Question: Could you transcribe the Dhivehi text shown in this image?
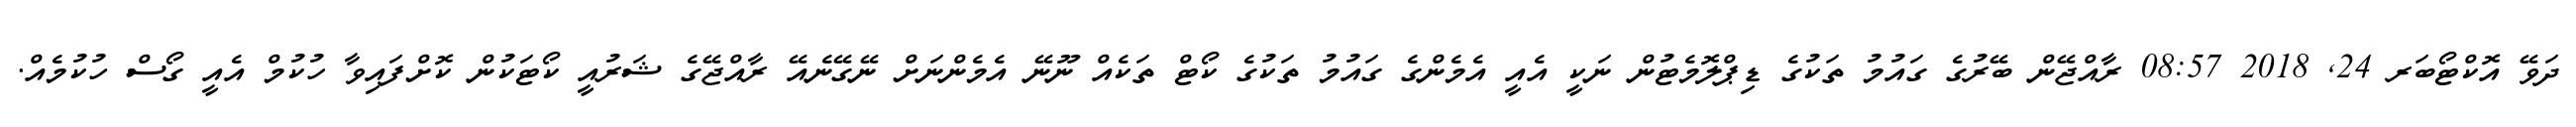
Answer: ދަވޭ އޮކްޓޯބަރ 24, 2018 08:57 ރާއްޖޭން ބޭރުގެ ގައުމު ތަކުގެ ޑިޕްލޮމެޓުން ނަކީ އެއީ އެމެންގެ ގައުމު ތަކުގެ ކޯޓް ތަކެއް ނޫނޭ އެމެންނަށް ނޭގޭނެއޭ ރާއްޖޭގެ ޝަރުއީ ކޯޓަކުން ކޮށްފައިވާ ހުކުމް އެއީ ގޯސް ހުކުމެއް.